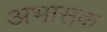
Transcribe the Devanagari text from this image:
अभासक